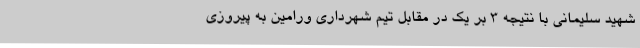
شهید سلیمانی با نتیجه 3 بر یک در مقابل تیم شهرداری ورامین به پیروزی